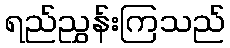
ရည်ညွှန်းကြသည်